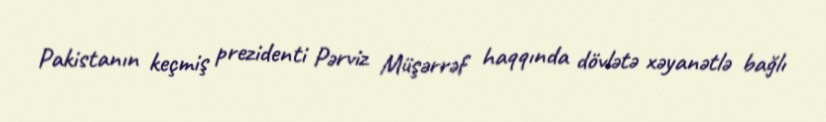
Pakistanın keçmiş prezidenti Pərviz Müşərrəf haqqında dövlətə xəyanətlə bağlı